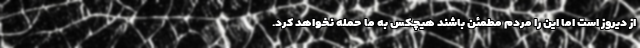
از دیروز است اما این را مردم مطمئن باشند هیچکس به ما حمله نخواهد کرد.